Bréfritari: Þórarinn Stefánsson
Dagsetning: A-1931-04-03
Skrifað á: Vesturheimi

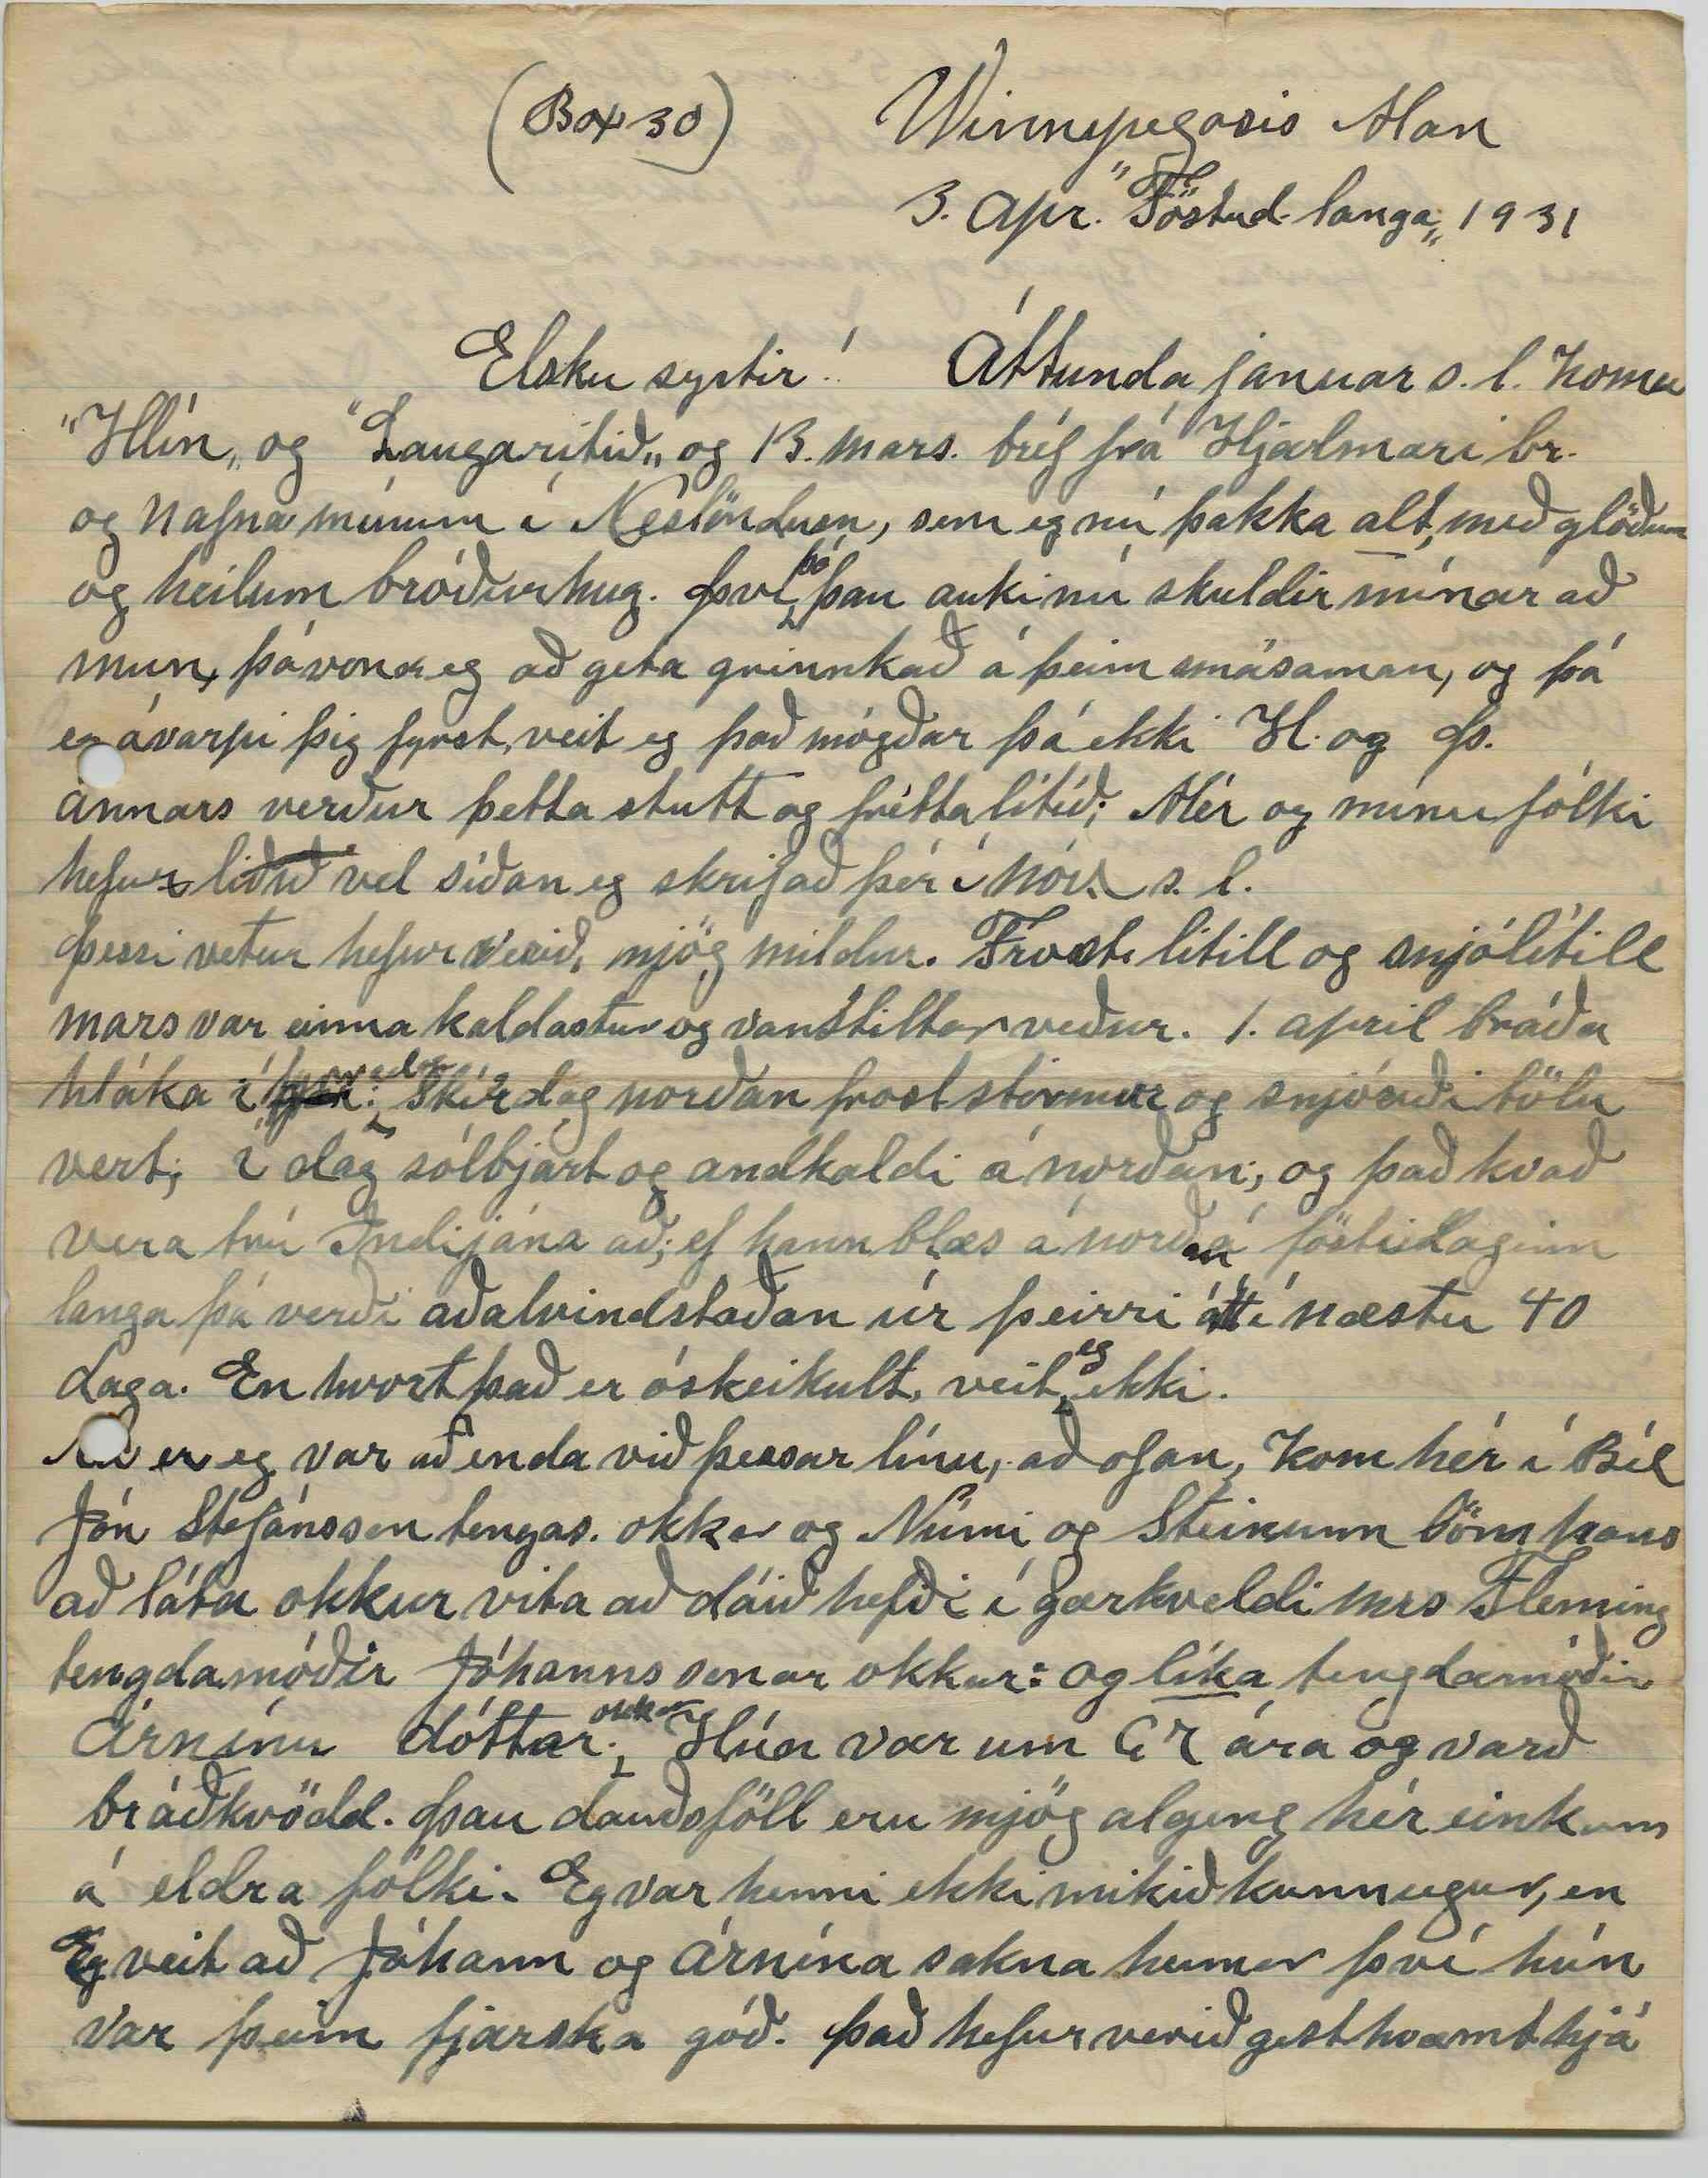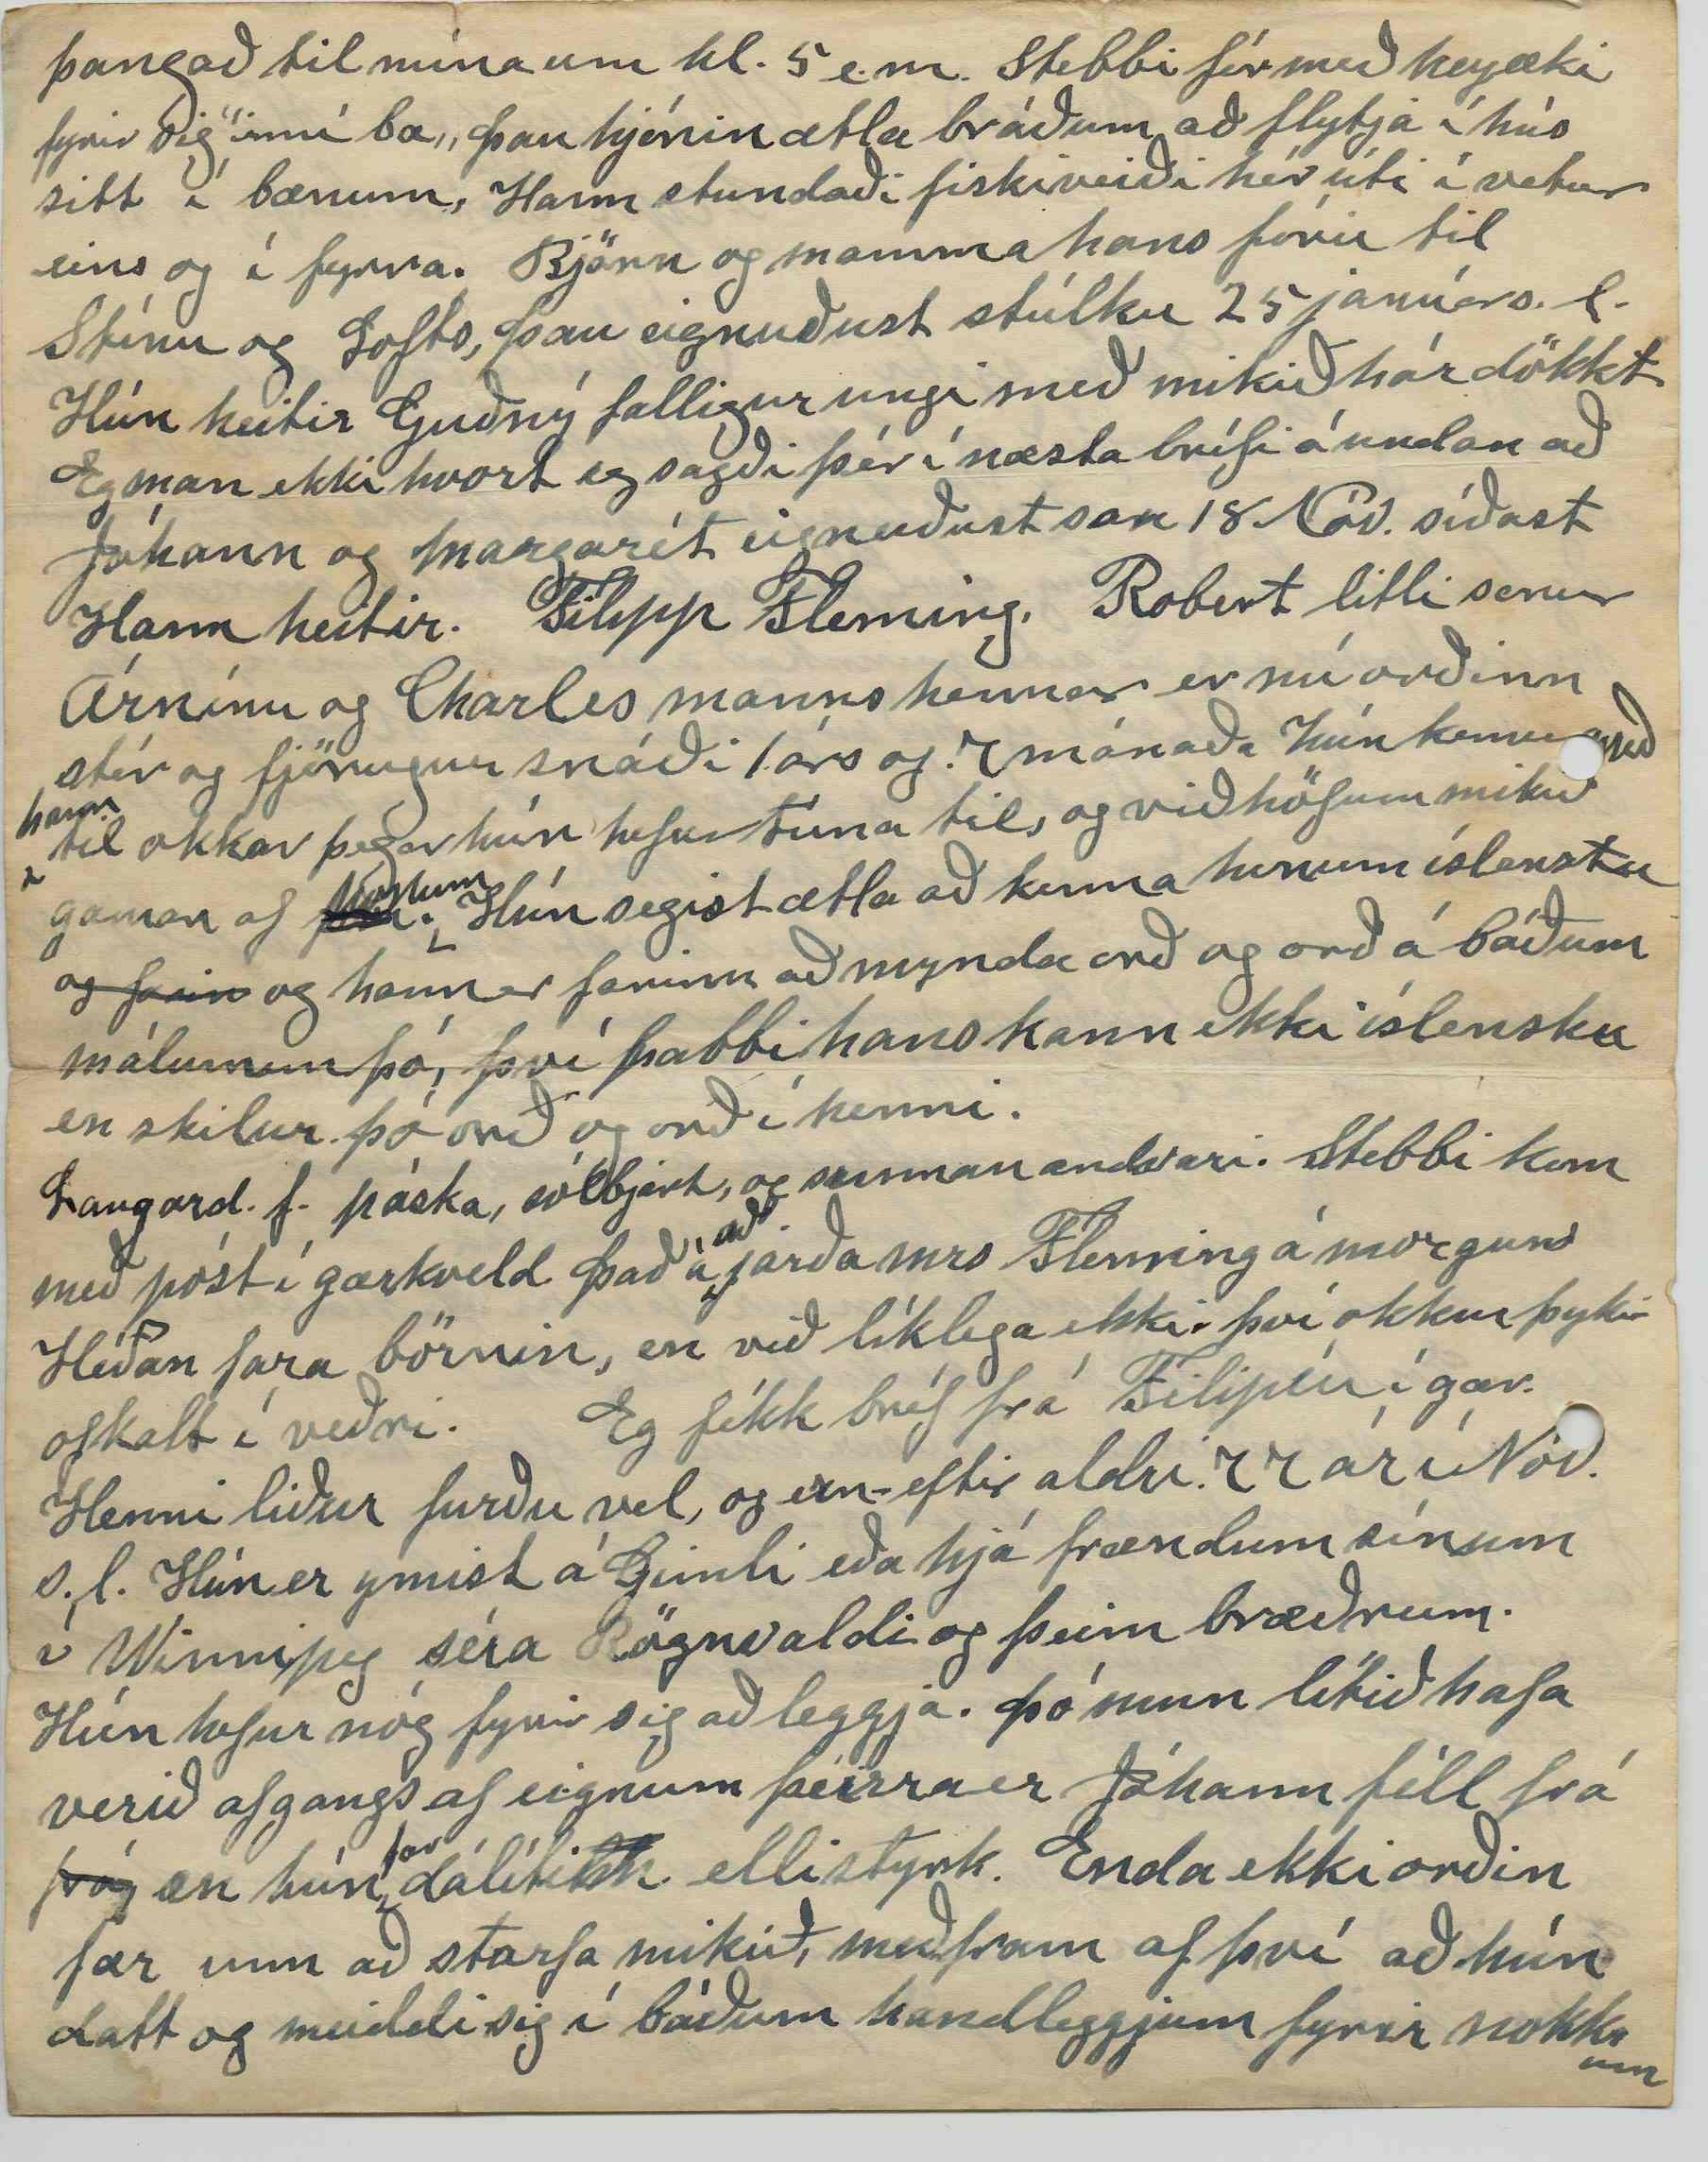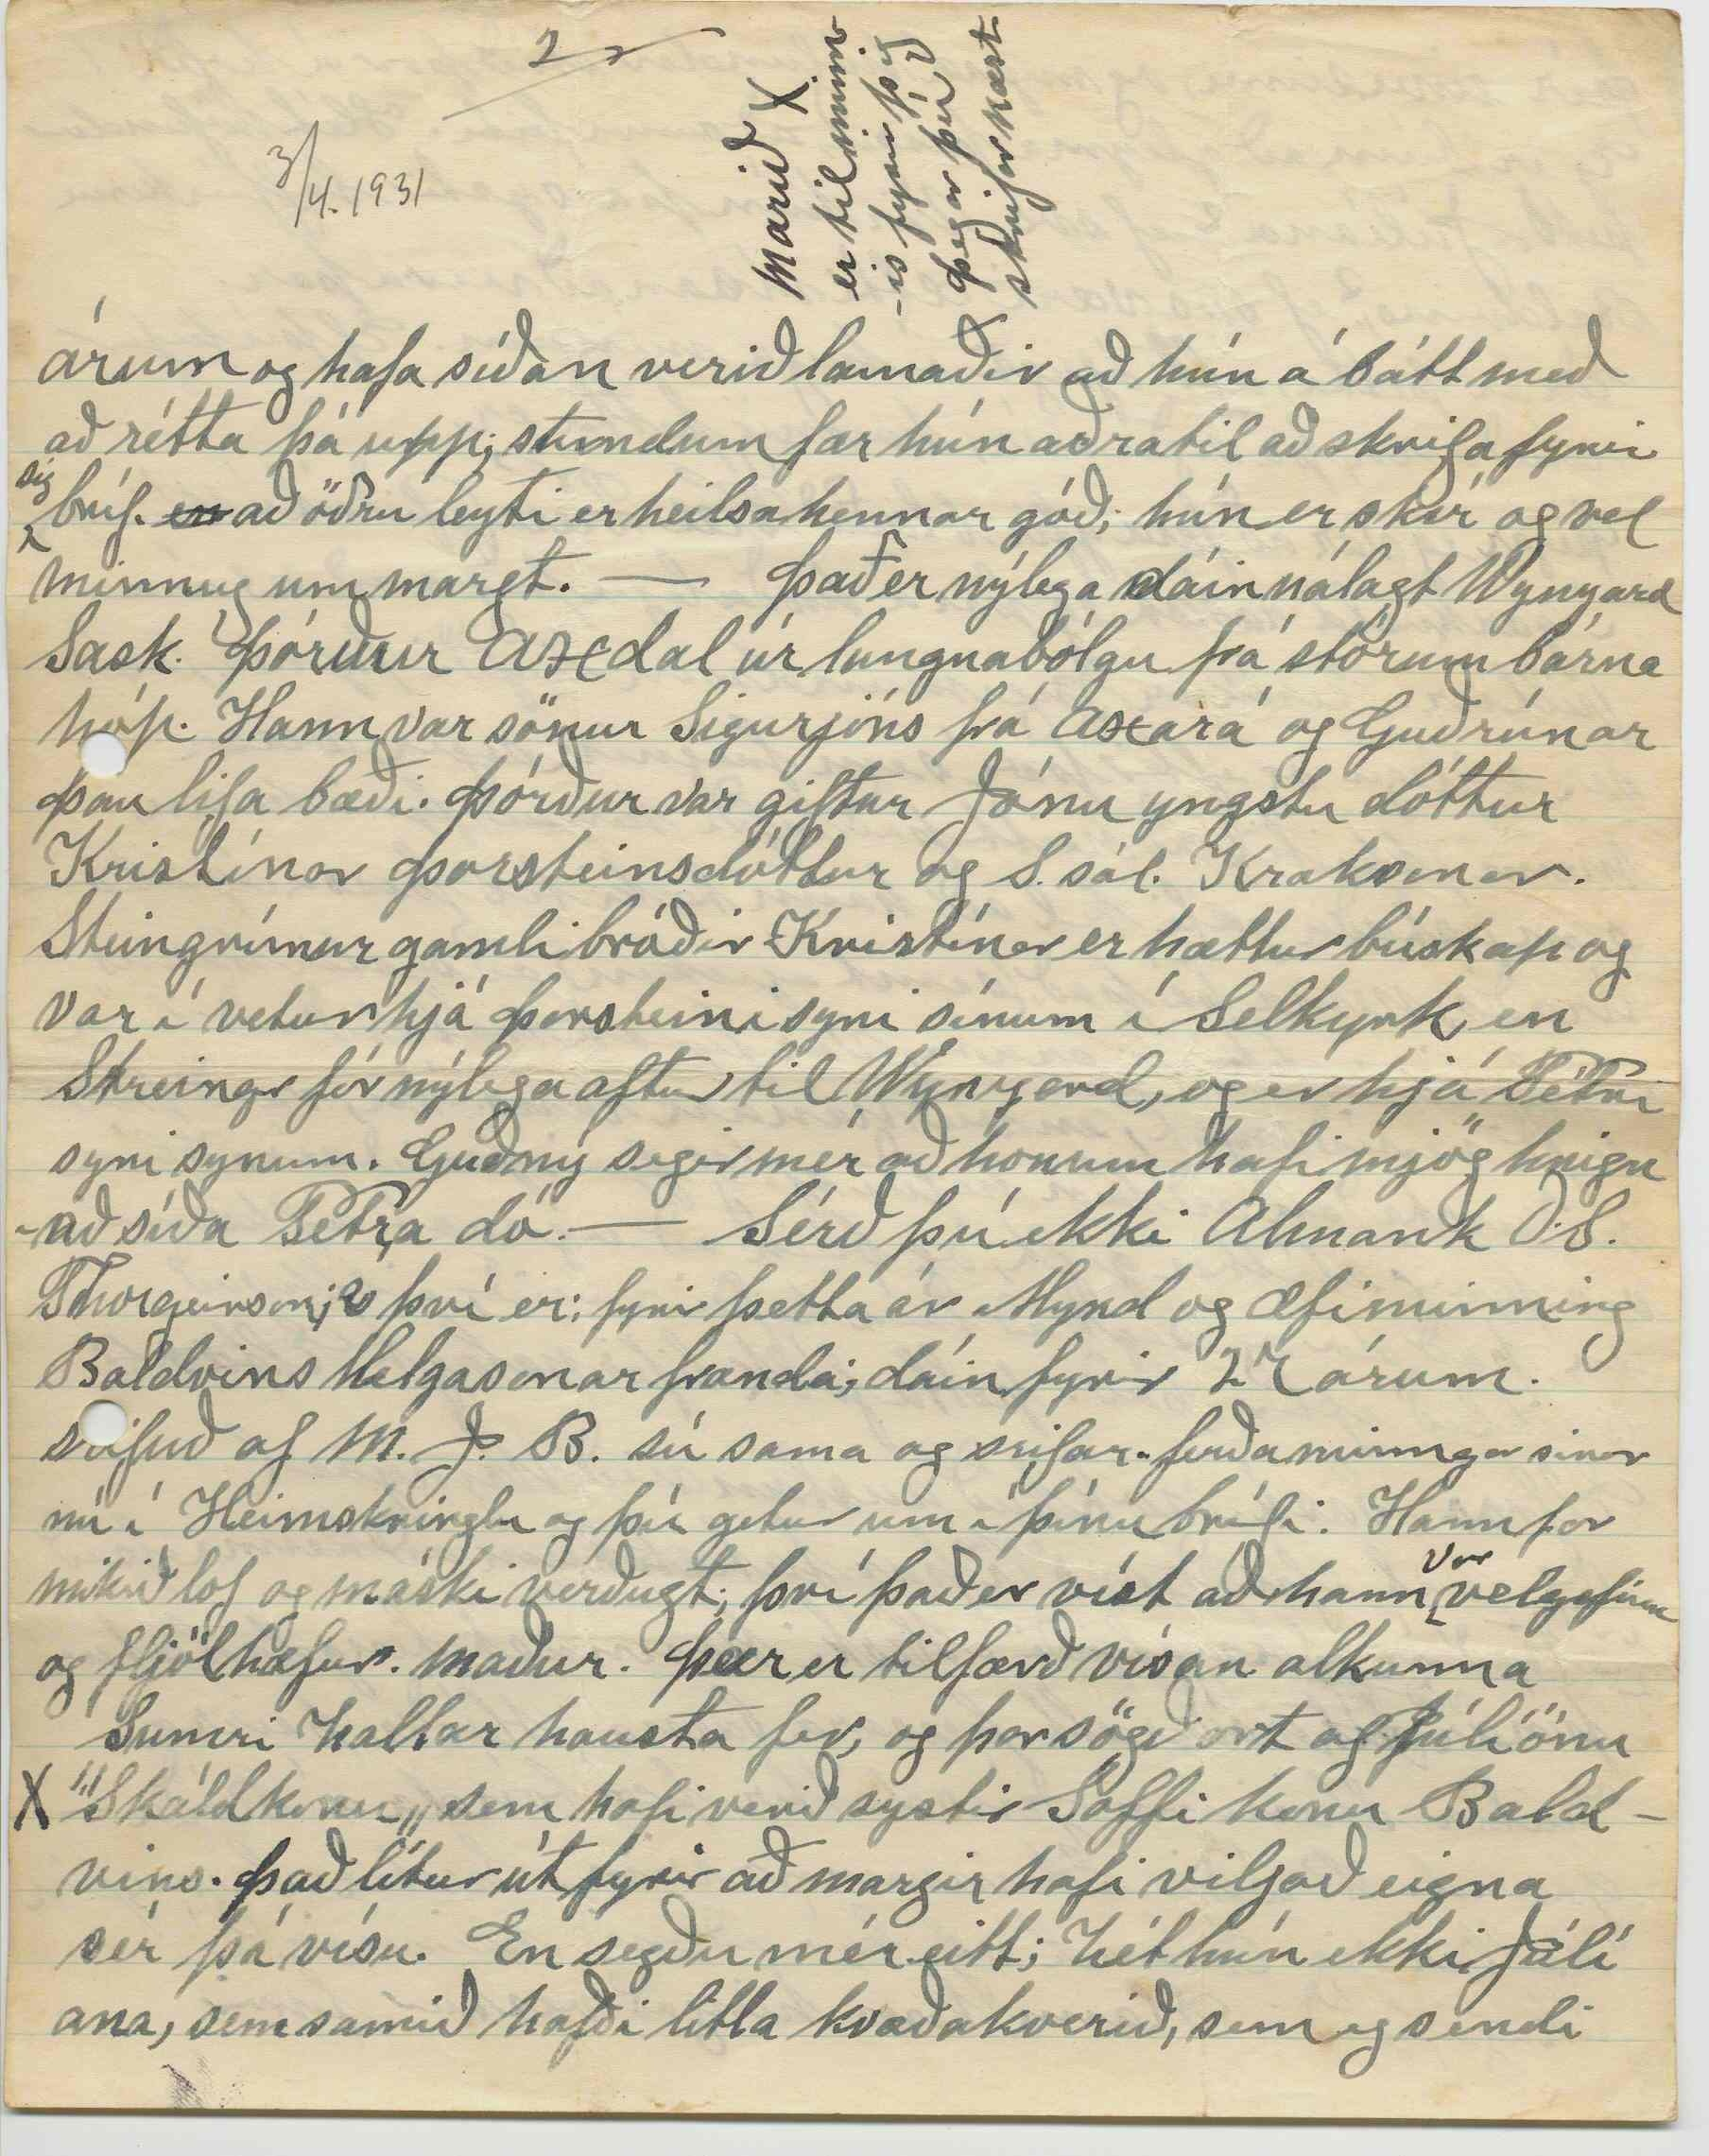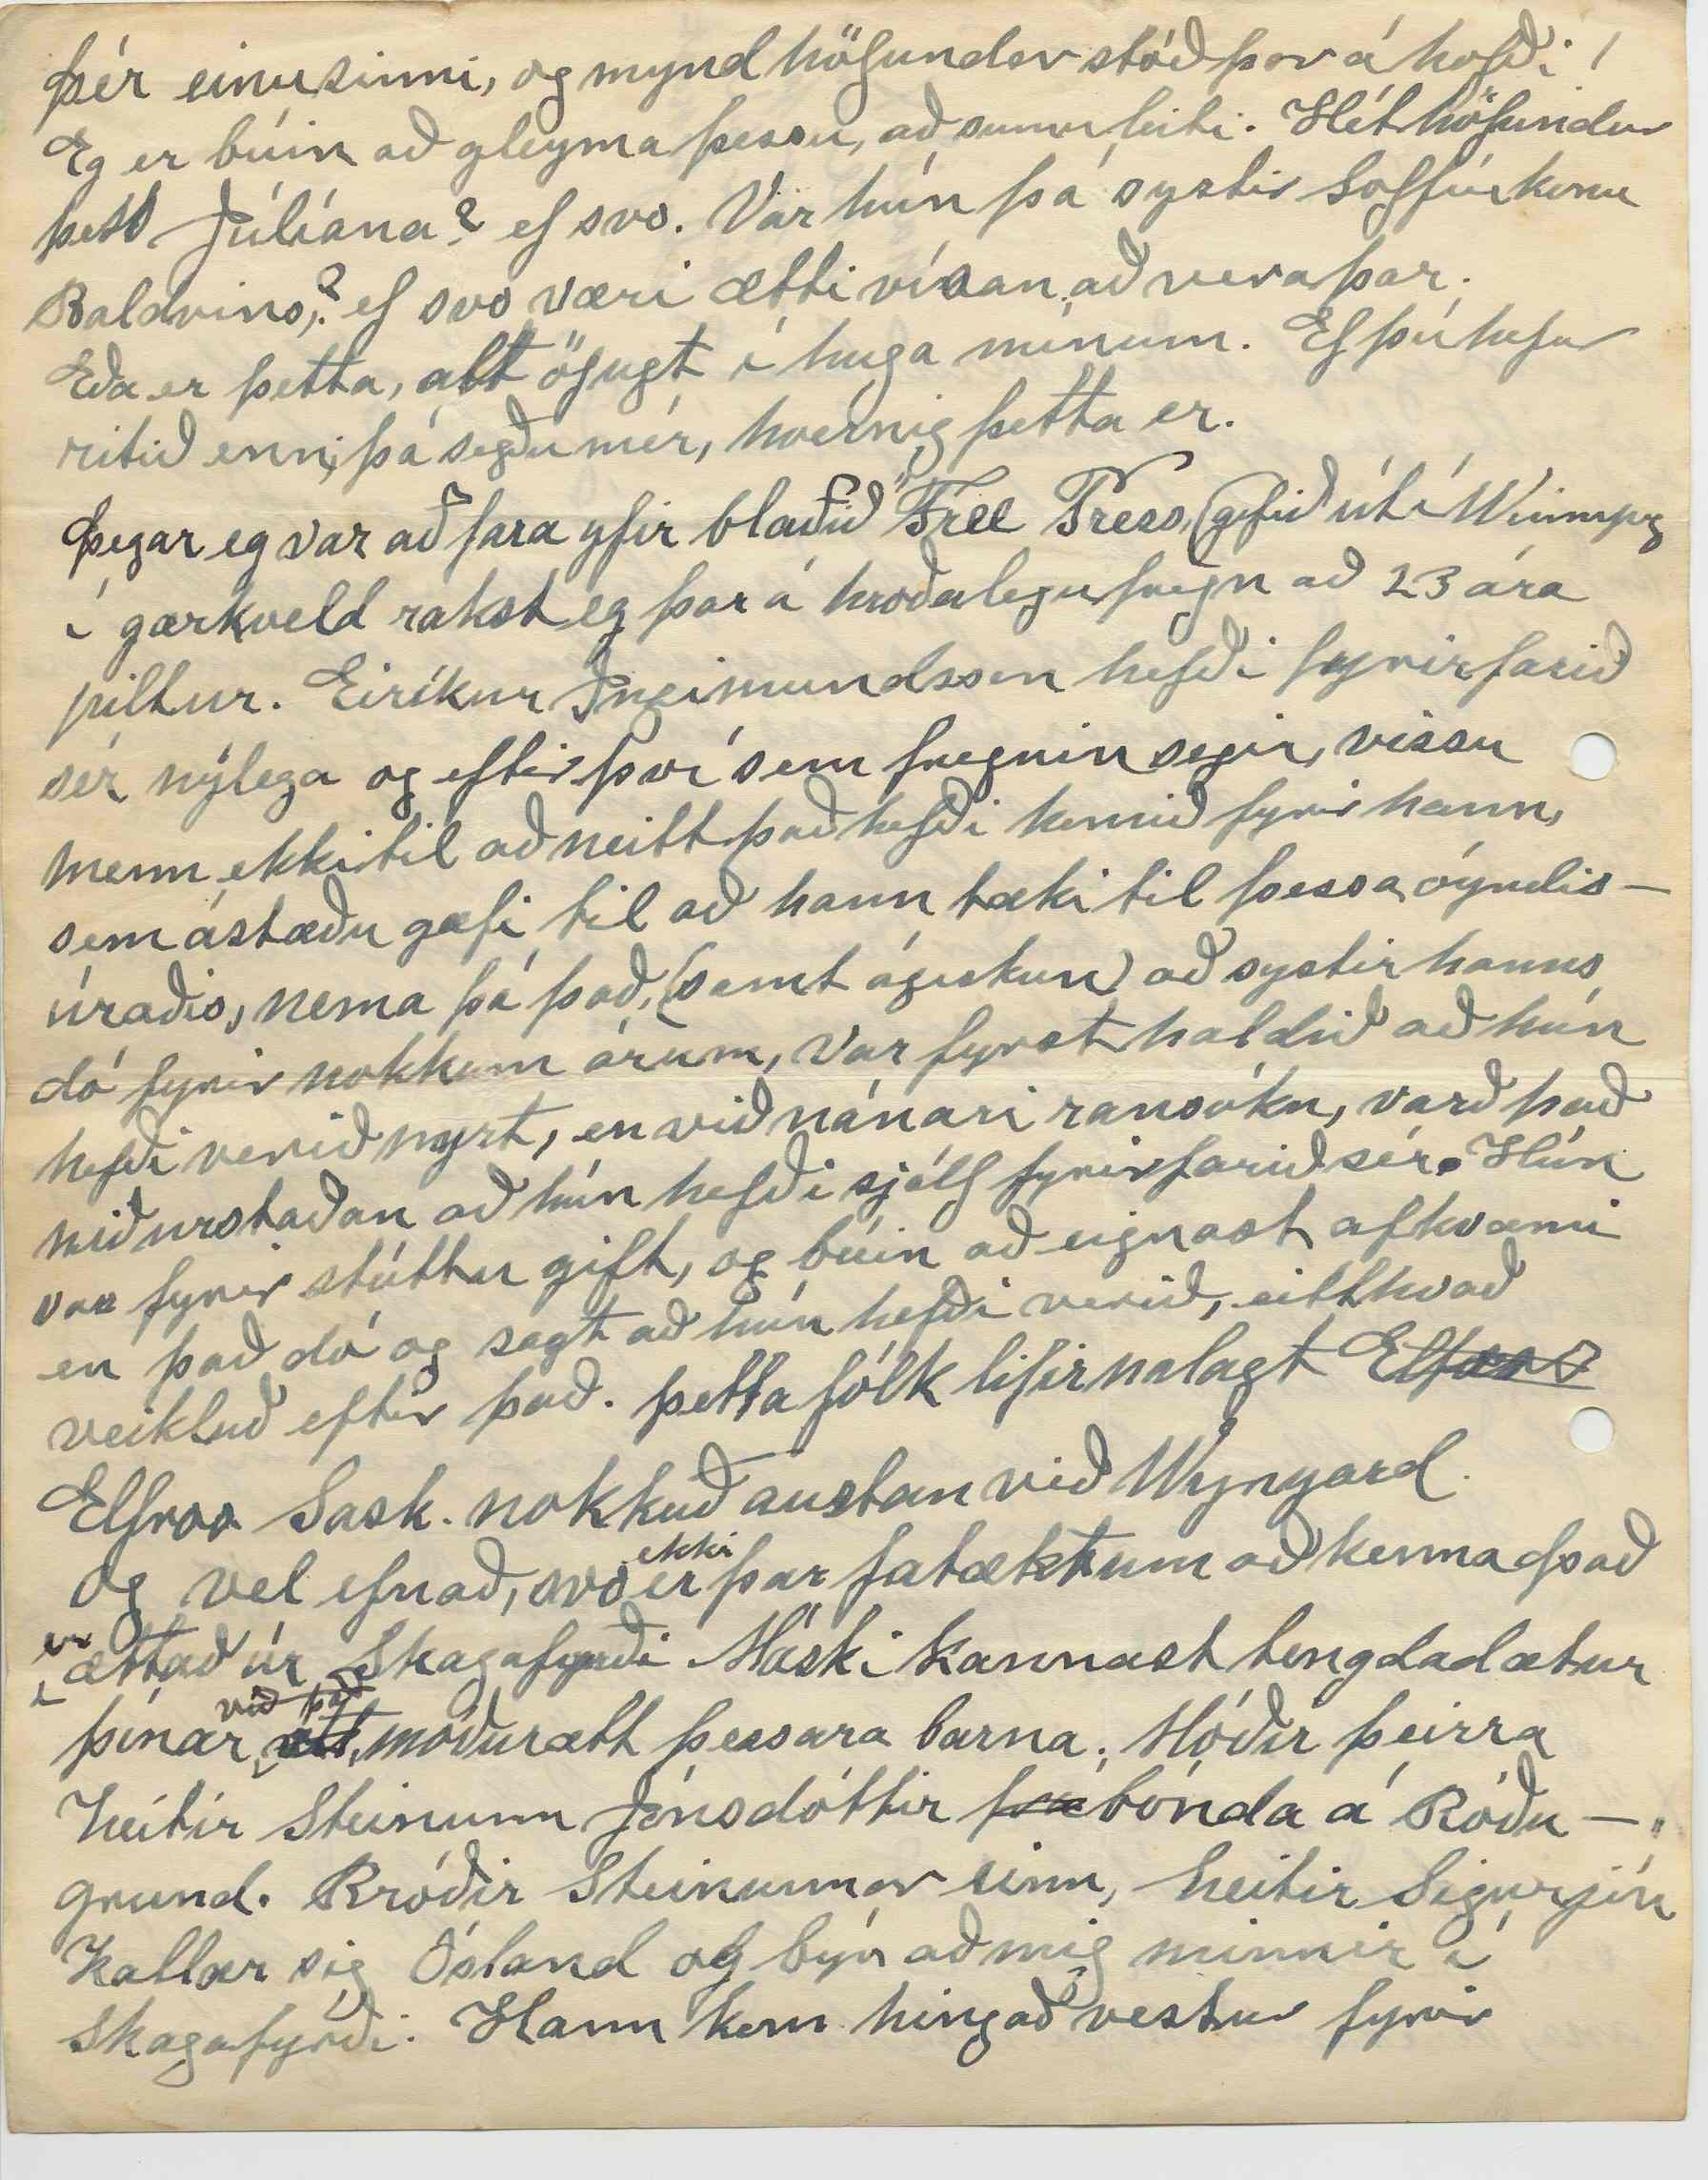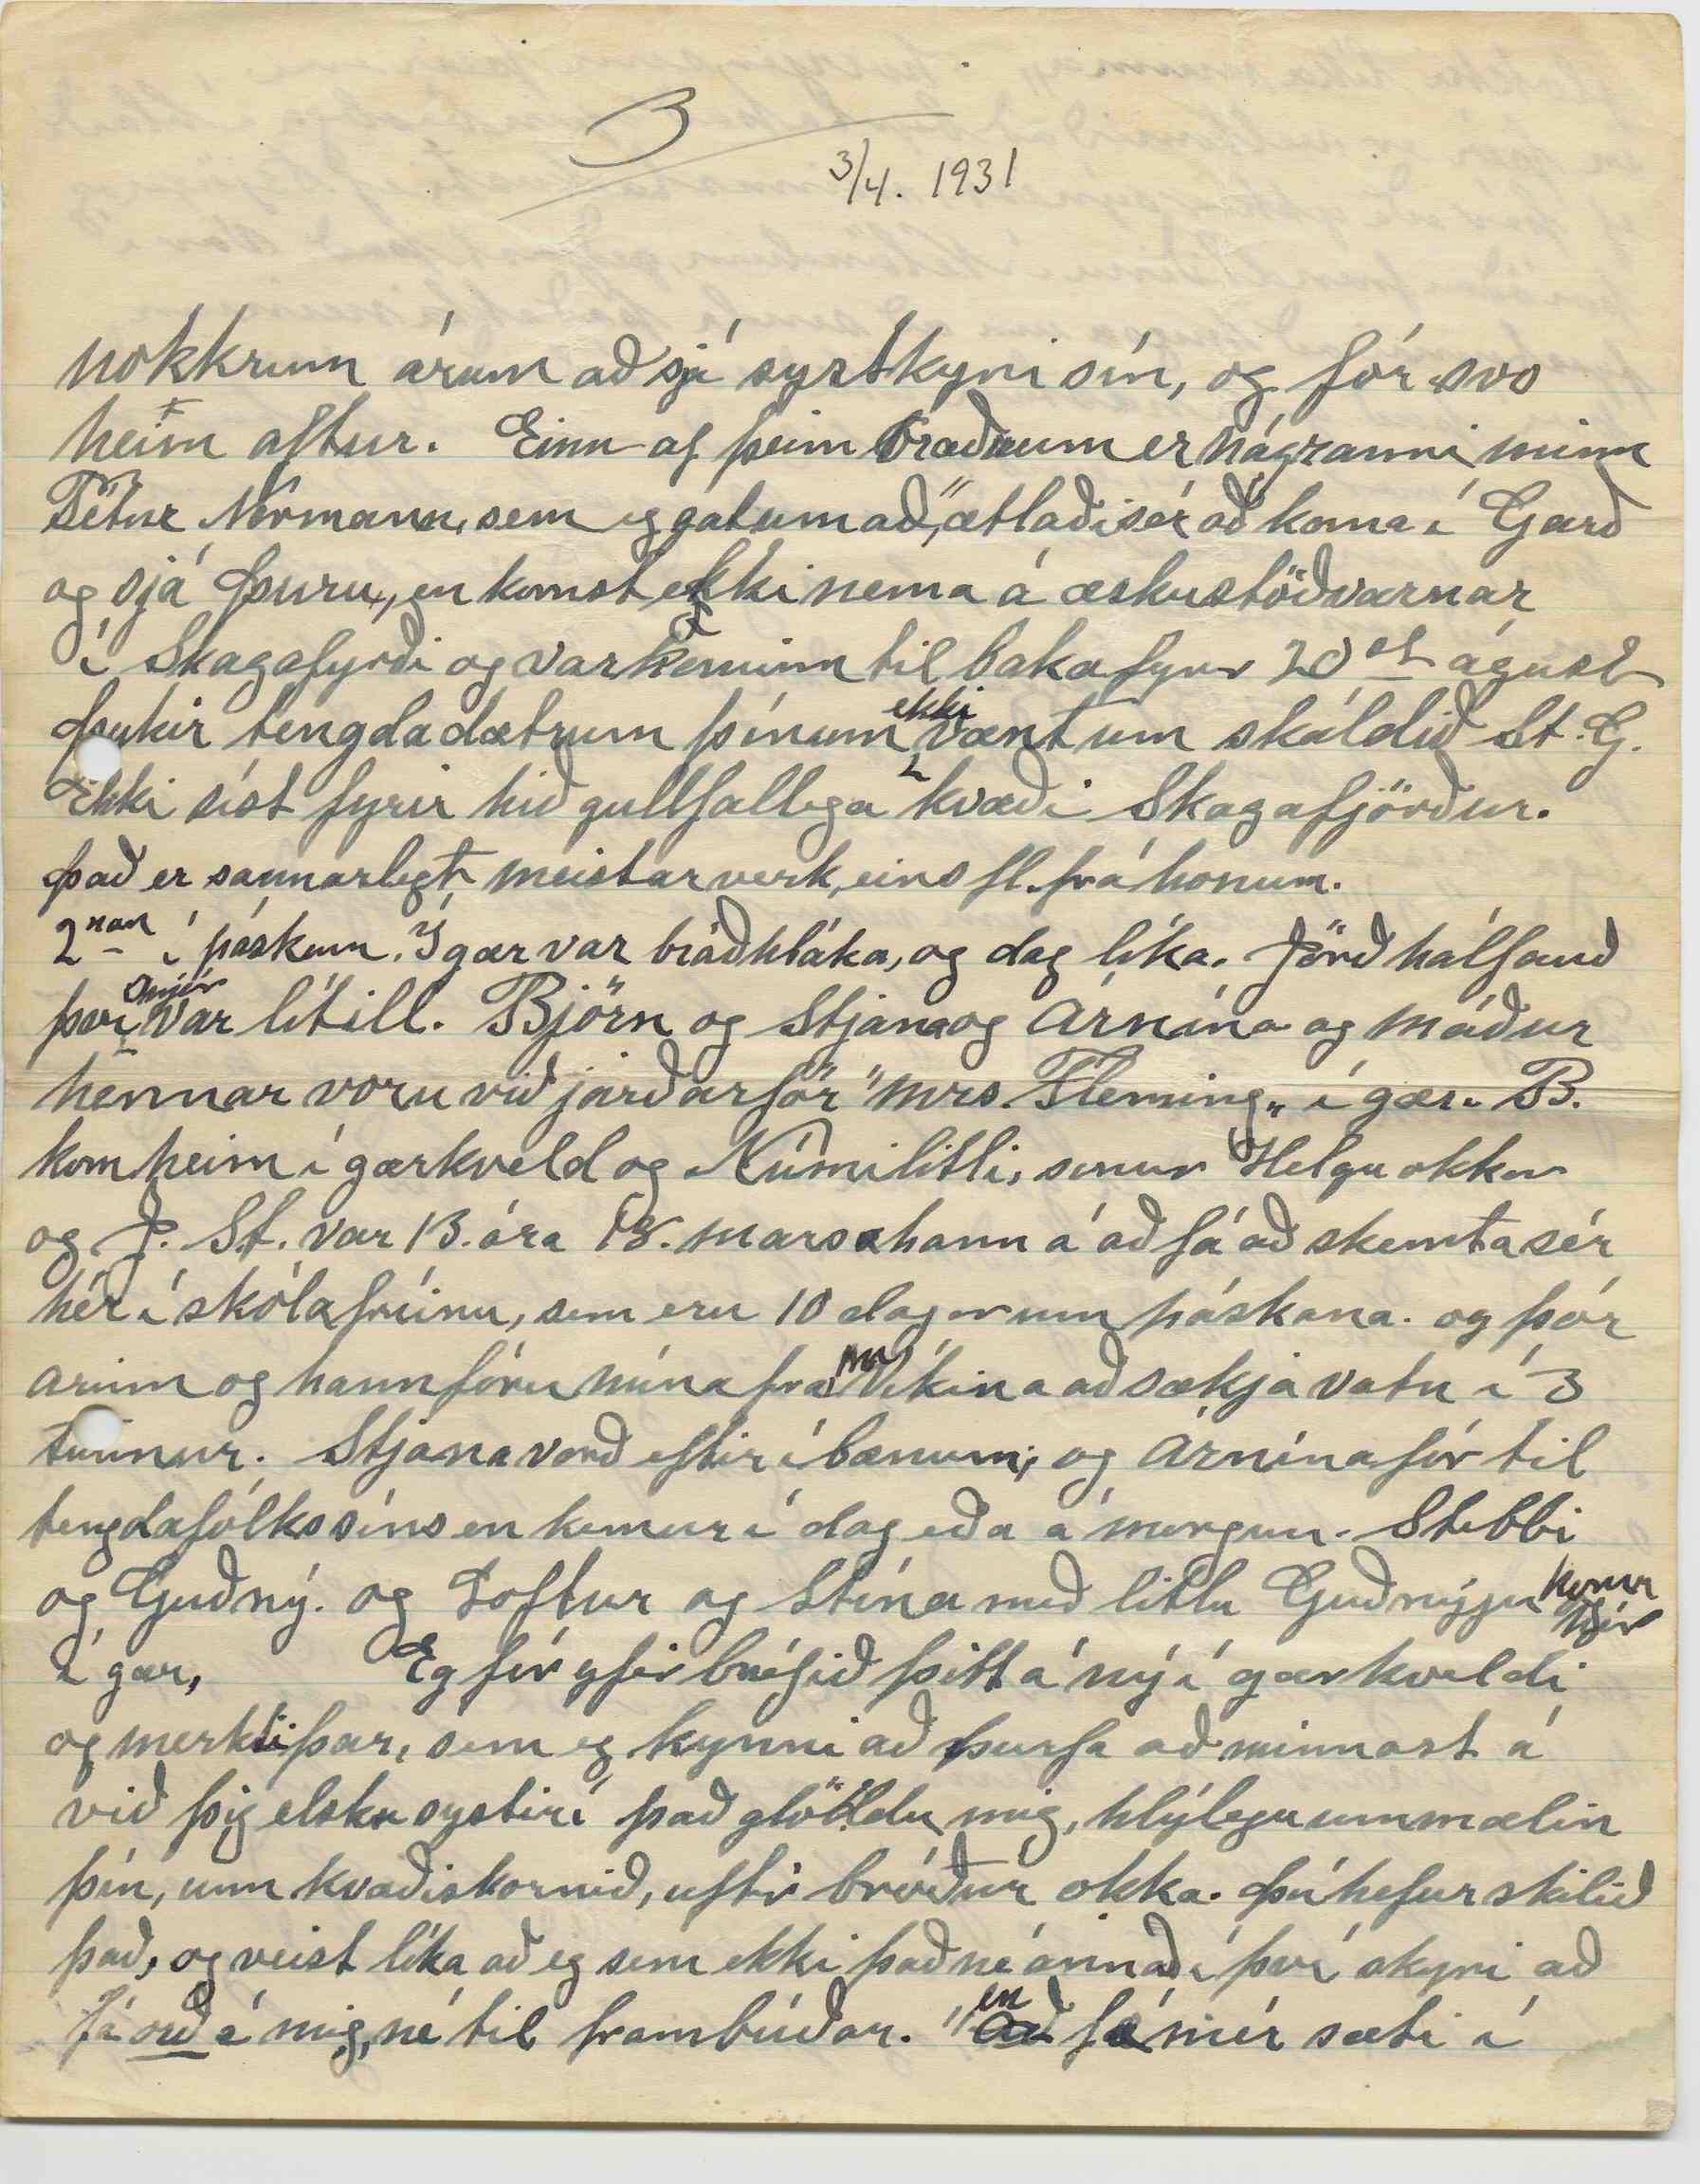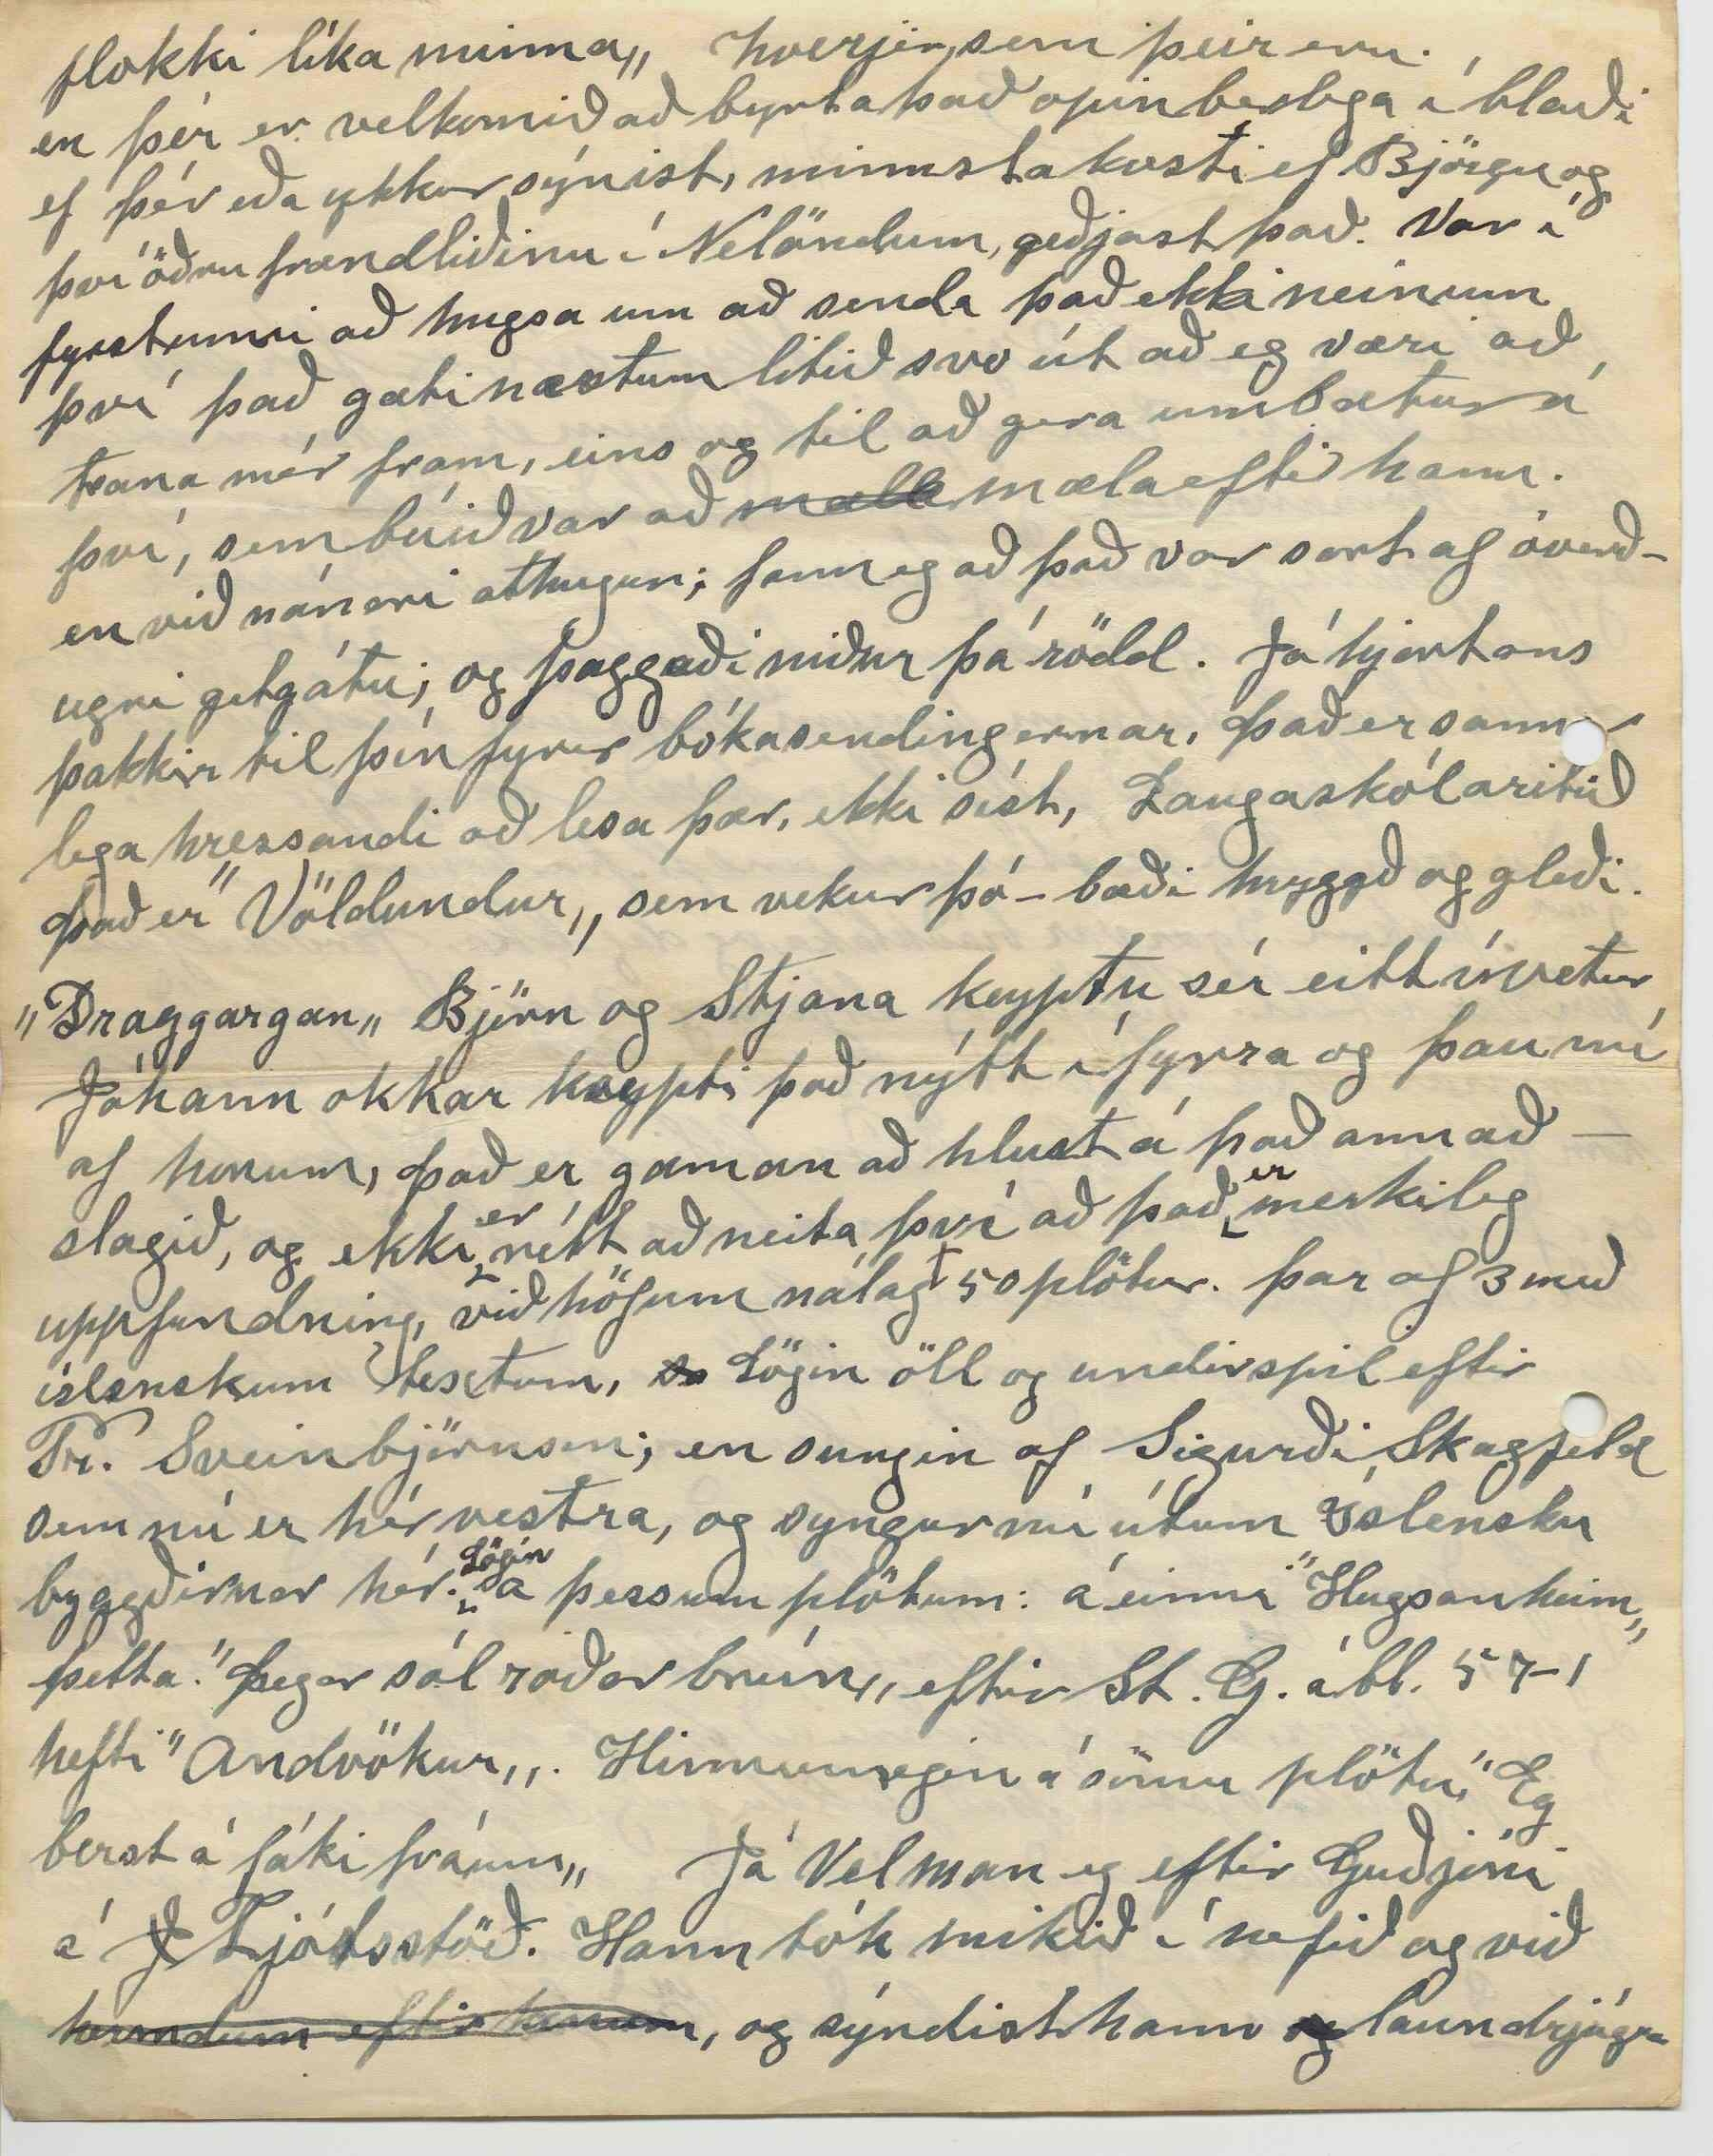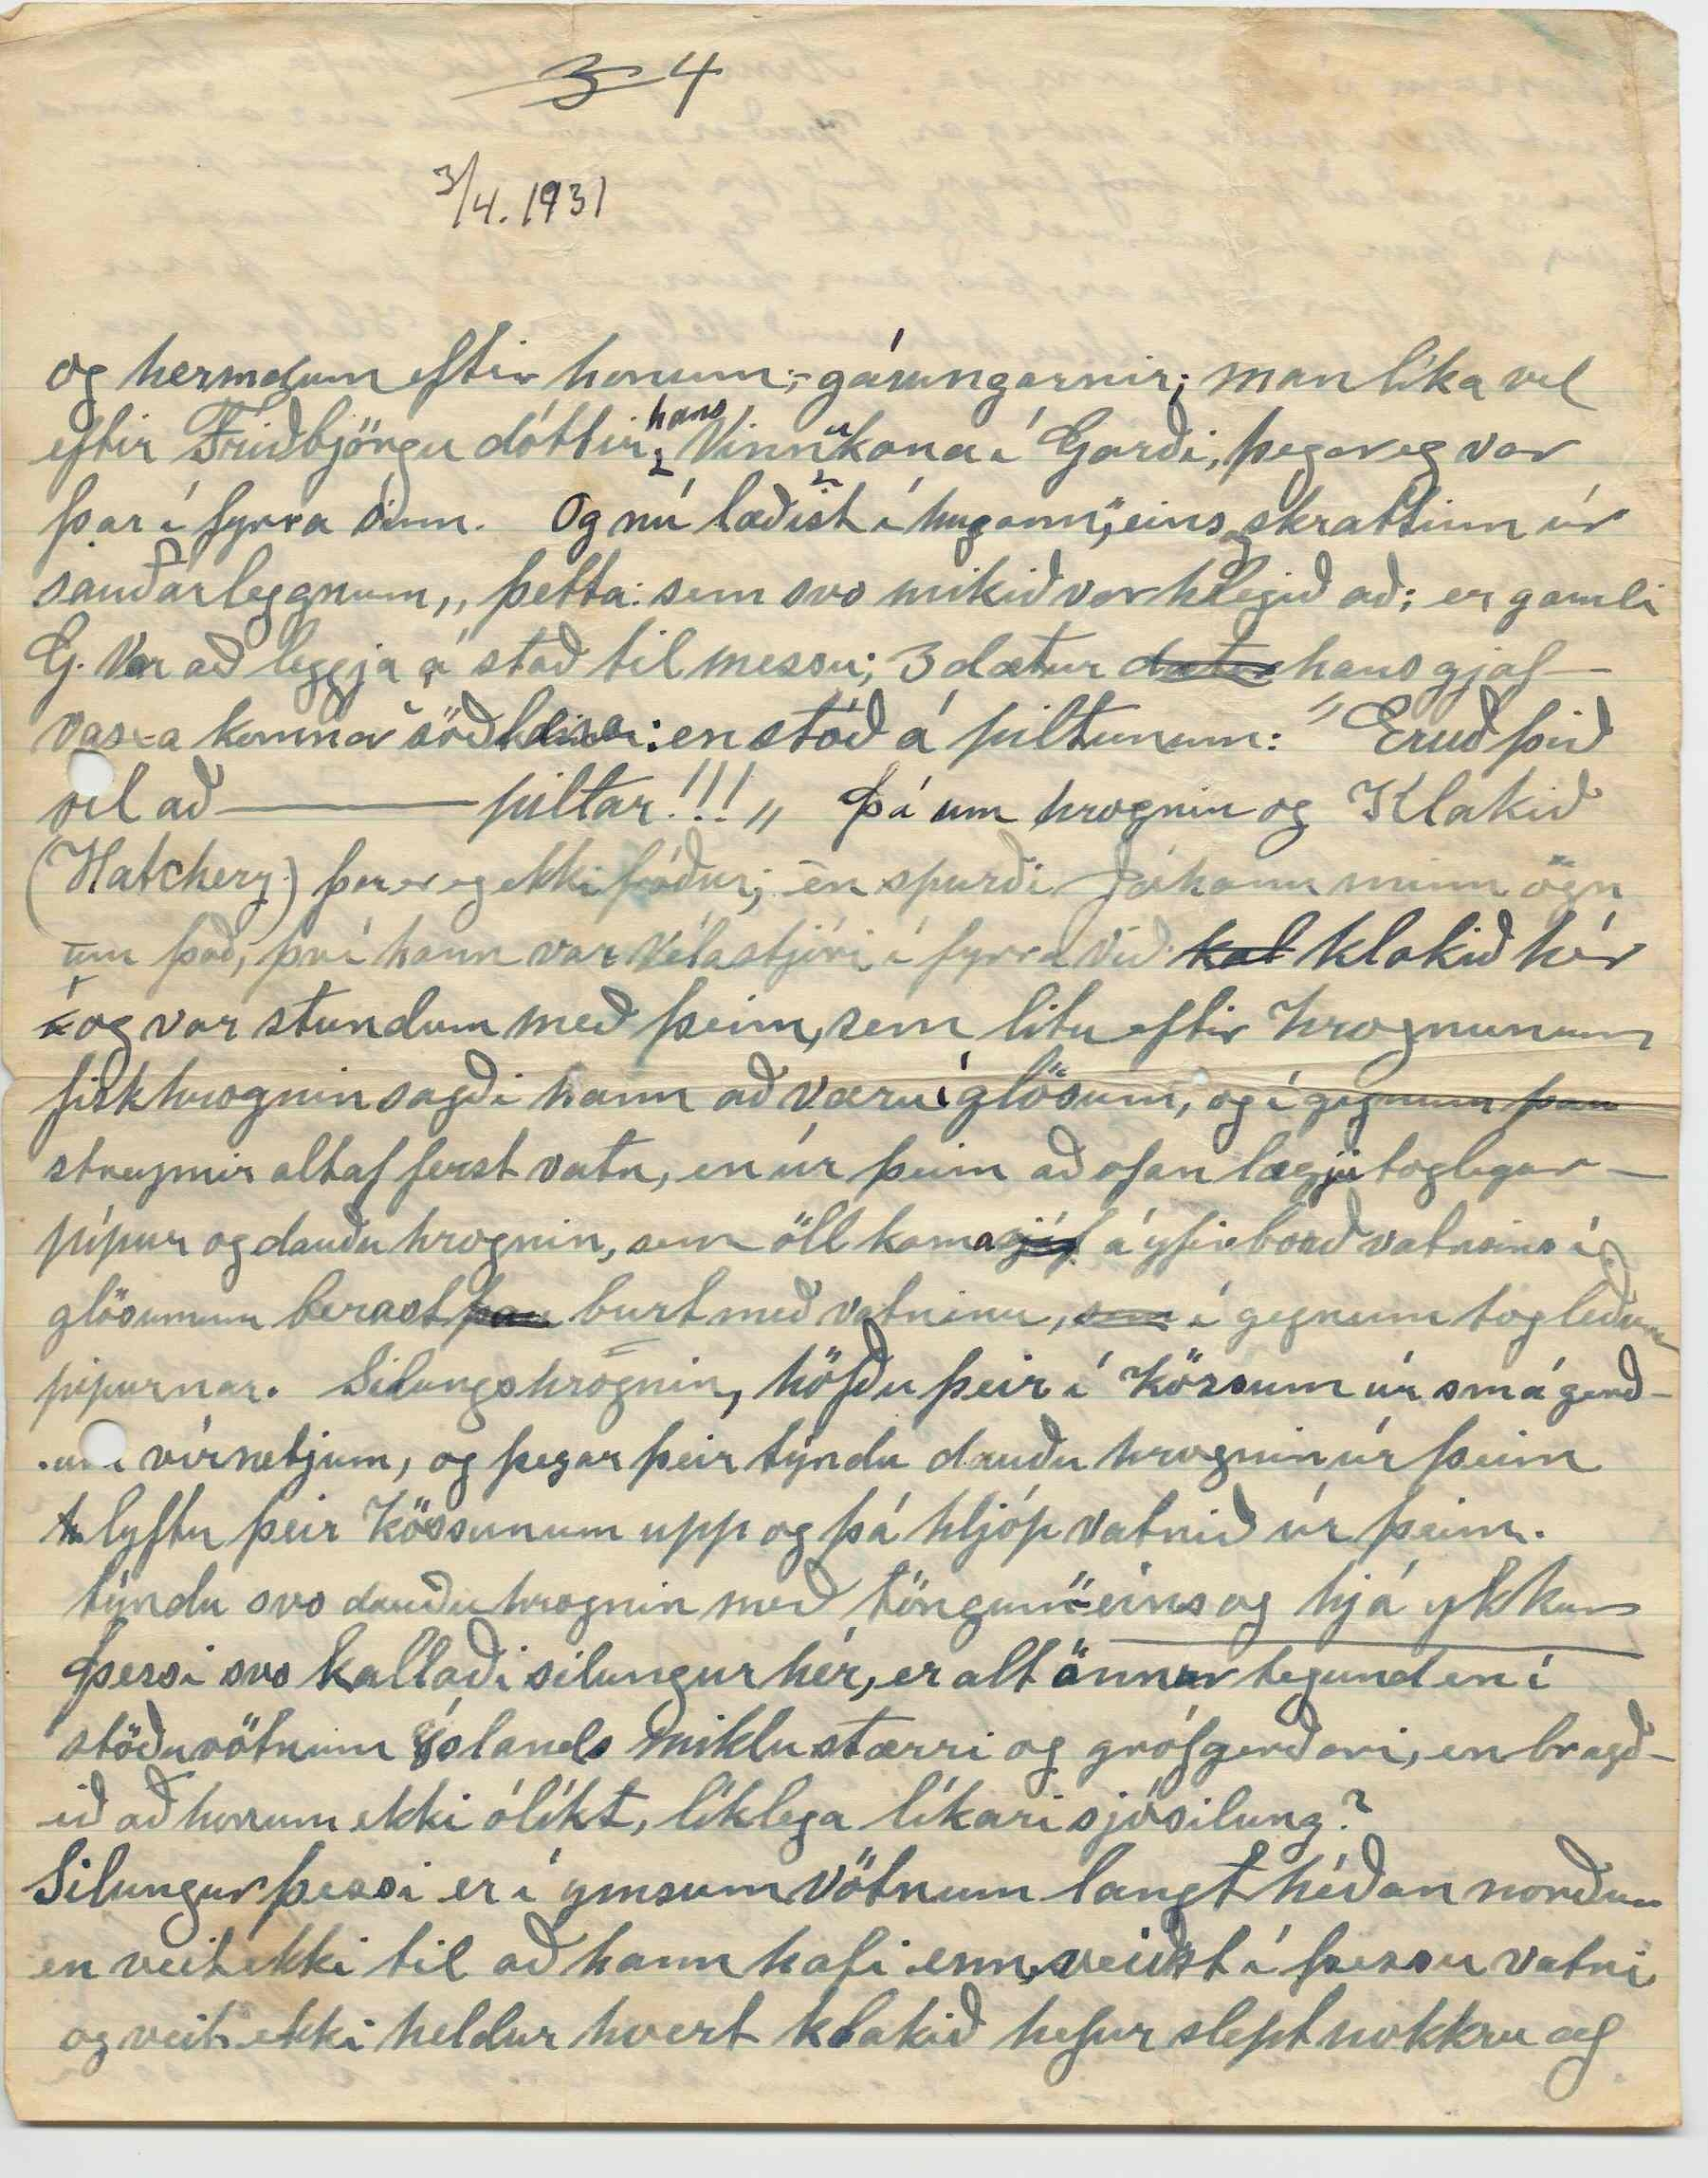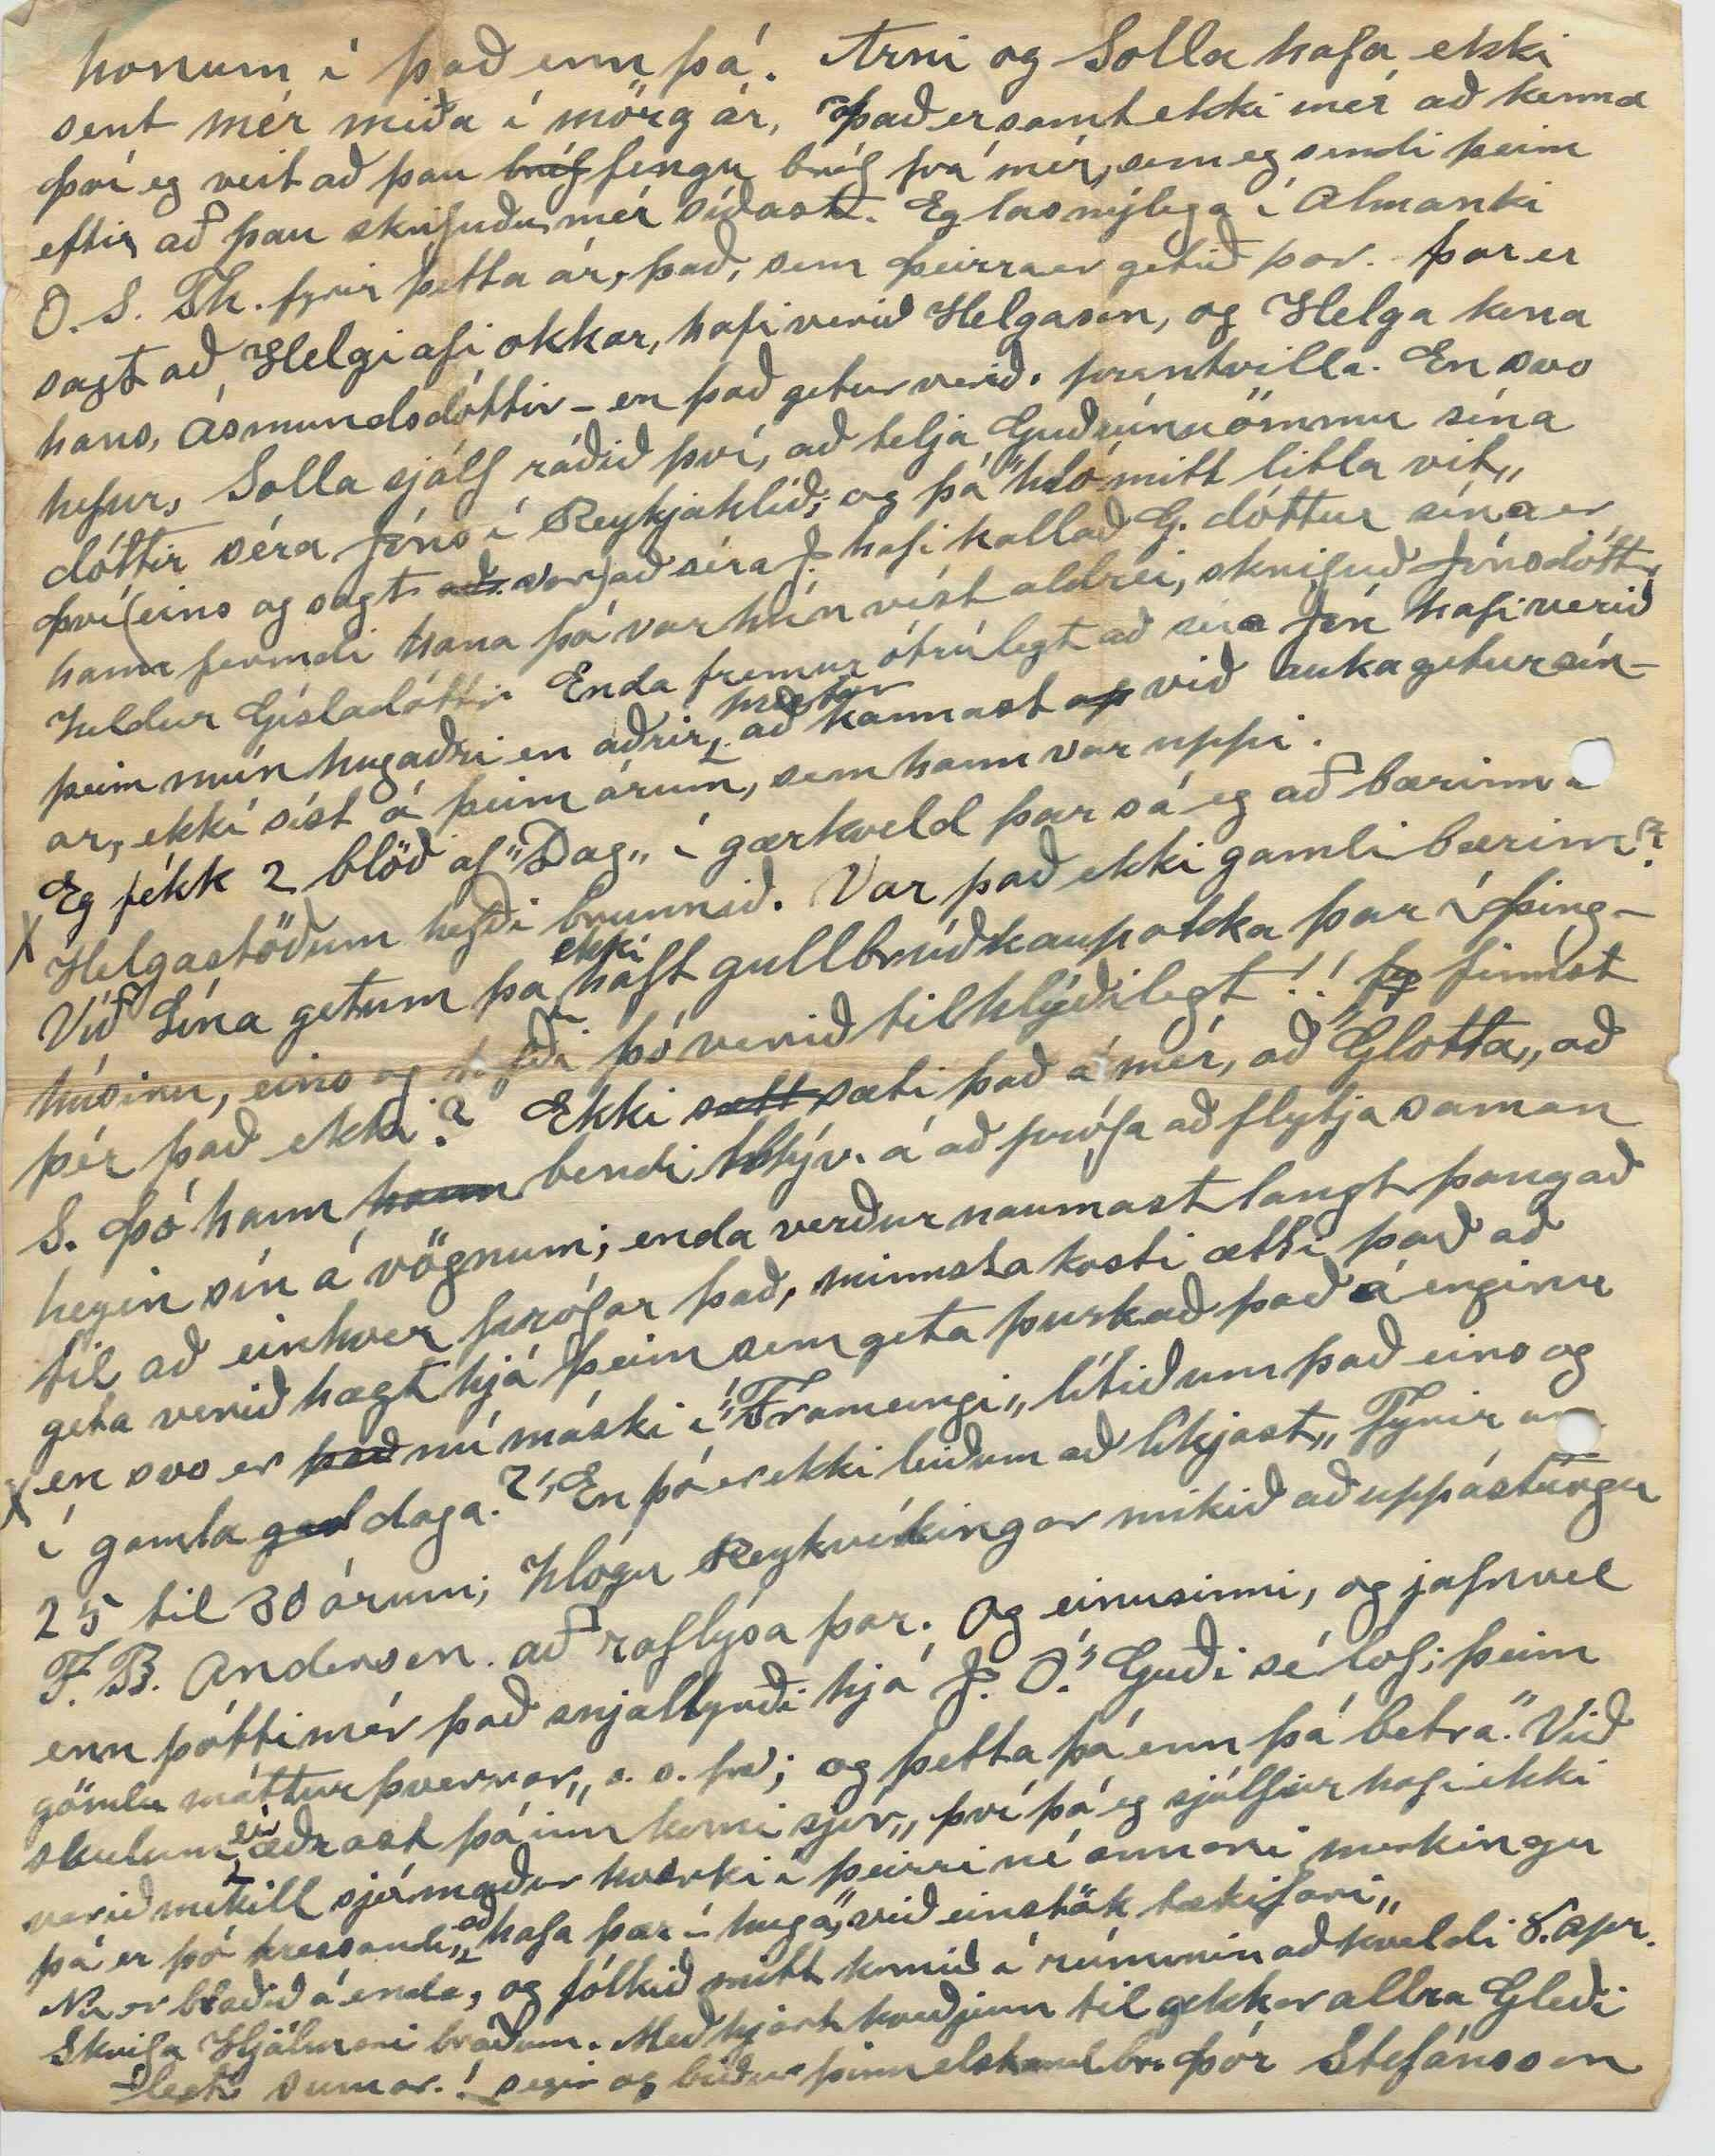

(Box 30)
Winnipegosis Man
3. apr. ”Föstud. langa„ 1931
Elsku systir! Áttunda januar s.l. komu ”Hlín„ og ”Laugaritið„ og 13. mars bréf frá Hjalmari br. og nafna mínum í Neslöndum, sem eg nú þakka
alt
, með glöðum og heilum bróðurhug. Því
þó
þau auki nú skuldir mínar að mun, þá vona eg að geta grinnkað á þeim smásaman, og þó eg ávarpi þig fyrst, veit eg það mógðar þá ekki H. og Þ. annars verður þetta stutt og fréttalítið; Mér og mínu fólki hefur liðið vel síðan eg skrifað þér í nóv. s.l.
Þessi vetur hefur verið mjög mildur. Frost lítill og snjólítill mars var einna kaldastur og vanstiltar veður. 1. april bráðahláka í
gær
fyrradag Skírdag norðan froststormur og snjóaði töluvert; í dag sólbjart og andkaldi á norðan; og það kvað vera trú Indijána að; ef hann blæs á norð
an
á föstudaginn langa þá verði aðalvindstaðan úr þeirri átt í næstu 40 daga. En hvort það er óskeikult, veit
eg
ekki.
Nú er eg var að enda við þessar línu, að ofan, kom hér í Bíl Jón Stefánsson tengas. okkar og Númi og Steinunn börn hans að láta okkur vita að dáið hefði í gærkveldi mrs Fleming tengdamóðir Jóhanns sonar okkar: og
líka
tengdamóðir Árnínu dóttur
okkar
. Hún var um 67 ára og varð bráðkvödd. Þau dauðsföll eru mjög algeng hér einkum á eldra fólki. Eg var henni ekki mikið kunnugur, en Eg veit að Jóhann og Árnína sakna hennar því hún var þeim fjarska góð. Það hefur verið gestkvæmt hjá
þangað til núna um kl. 5 e.m. Stebbi fór með heyæki fyrir sig ”inní bæ„ Þau hjónin ætla bráðum að flytja í hús sitt í bænum. Hann stundaði fiskiveiði hér úti í vetur eins og í fyrra. Björn og mamma hans fóru til Stínu og Lofts, Þau eignuðust stúlku 25 janúar s.l. Hún heitir Guðný falligur ungi með mikið hár dökkt Eg man ekki hvort eg sagði þér í næsta bréfi á undan að Jóhann og Margarét eignuðust son 18 Nóv. síðast Hann heitir Filipp Fleming. Robert litli sonur Árnínu og Charles manns hennar er nú orðinn stór og fjörugur snáði 1 árs og. 7 mánaða hún kemur
með hann
til okkar þegar hún hefur tíma til, og við höfum mikið gaman af
þ00
honum. Hún segist ætla að kenna honum íslenstu
og farin
og hann er farinn að mynda orð og orð á báðum málunum þó, því pabbi hans kann ekki íslensku en skilur þó orð og orð í henni.
Laugard. f. páska, sólbjart, og sunnan andvari. Stebbi kom með póst í gærkveld. Það á
að
jarða mrs Fleming á morgun Héðan fara börnin, en við líklega ekki því okkur þykir of kalt í veðri.
Eg fékk bréf frá Filipíu í gær. Henni liður furðu vel, og ern - eftir aldri. 77 ár í Nóv. s.l. Hún er ymist á Gimli eða hjá frændum sínum í Winnipeg séra Rögnvaldi og þeim bræðrum. Hún hefur nóg fyrir sig að leggja. Þó mun lítið hafa verið afgangs af eignum þeirra er Jóhann féll frá
frá
en hún
fær
dálítinn ellistyrk. Enda ekki orðin fær um að starfa mikið, meðfram af því að hún datt og meiddi sig í báðum handleggjum fyrir nokkrum
árum og hafa síðan verið lamaðir að hún á bátt með að rétta þá upp; stundum fær hún aðra til að skrifa fyrir
sig
bréf.
en
að öðru leyti er heilsa hennar góð; hún er skír og vel minnug um margt.
Það er nýlega dáin nálægt Wynyard Sask. Þórður Axdal úr lungnabólgu frá stórum barnahóp. Hann var sönur Sigurjóns frá Axará og Guðrúnar Þau lifa bæði. Þórður var giftur Jónu yngstu dóttur Kristínar Þorsteinsdóttur og S. sál. Kraksonar. Steingrímur gamli bróðir Kristínar er hættur búskap og var í vetur hjá Þorsteini syni sínum í Selkyrk en Streingr fór nýlega aftur til Wynyard, og er hjá Pétri syni synum. Guðný segir mér að honum hafi mjög hnignað síða Petra dó.
Sérð þú ekki Almank O. S. Thorgeirson; í því er: fyrir þetta ár Mynd og Æfiminning Baldvins Helgasonar frænda; dáin fyrir 27 árum.
srifuð
af M. J. B. sú sama og srifar ferðaminngar sinar nú í Heimskringlu og þú getur um í þínu bréfi. Hann fær mikið lof og máski verðugt; því það er víst að hann
var
vel gefinn og fljölhæfur. maður. Þar er tilfærð vísan alkunna Sumri hallar hausta fer, og þar sögð ort af Júlíönu X
Marið X er til minnis fyrir þig Þegar þú skrifar næst
”Skáldkonu„ sem hafi verið systir Soffi konu Baldvins. Það lítur út fyrir að margir hafi viljað eigna sér þá vísu. En segðu mér eitt; hét hún ekki Júlíana, sem samið hafði litla kvæðakverið, sem eg sendi
Þér einusinni, og mynd höfundar stóð þar á hofði! Eg er búin að gleyma þessu, að sumu leiti. Hét höfundur þess Júlíana? ef svo. Var hún þá systir Soffíu konu Baldvins? ef svo væri ætti vísan að vera þar. Eða er þetta, alt öfugt í huga mínum. Ef þú hefur ritið enn; þá segðu mér, hvernig þetta er.
Þegar eg var að fara yfir blaðið ”Free Press„ (gefið út í Winnipeg í gærkveld rakst eg þar á hroðalegu fregn að 23 ára piltur. Eiríkur Ingimundsson hefði fyrirfarið sér nýlega og eftir því sem fregnin segir, vissu menn ekki til að neitt það hefði komið fyrir hann sem ástæðu gæfi til að hann tæki til þessa óyndisúræðis, nema þá það, (samt ágiskun) að systir hanns dó fyrir nokkum árum, var fyrst haldið að hún hefði verið myrt, en við nánari ransókn, varð það niðurstaðan að hún hefði sjálf fyrirfarið sér. Hún var fyrir stúttu gift, og búin að eignast afkvæmi en það dó og sagt að hún hefði verið eitthvað veikluð eftir það. þetta fólk lifir nálægt
Elf000
Elfroo Sask. nokkuð austan við Wynyard. og vel efnað, svo
ekki
er þar fatækt um að kenna Það
er
ættað úr Skagafyrði Máski kannast tengdadætur þínar
0lt
móðurætt þessara barna. Móðir þeirra heitir Steinunn Jónsdóttir
frá
bónda á Róðugrund. Bróðir Steinunnar einn, heitir Sigurjón kallar sig Ósland og býr að mig minnir í Skagafyrði. Hann kom hingað vestur fyrir
nokkrum árum að sjá systkyni sín, og fór svo heim aftur. Einn af þeim bræðrum er nágranni minn Pétur Normann, sem eg gat um að ”ætlaði sér að koma í Garð og sjá Þuru„ en komst ekki nema á æskustöðvarnar í Skagafyrði og var kominn til baka fyrir 20
st
águst Þykir tengdadætrum þínum
ekki
vænt um skáldið St. G. Ekki síst fyrir hið gullfallega kvæði Skagafjörður. Það er sannarlegt meistarverk, eins fl. frá honum.
2
nan
í páskum. Í gær var bráðhláka, og dag líka. Jörð hálfauð því
snjór
var lítill. Björn og Stjana og Árnína og móður hennar voru við jarðarför ”mrs. Fleming„ í gær. B. kom heim í gærkveld og Númi litli, sonur Helgu okkar og J. St. var 13. ára 18. mars hann á að fá að skemta sér hér í skólafríinu, sem eru 10 dagar um páskana. og þórarinn og hann fóru núna fra
m
Víkina að sækja vatn í 3 tunnur. Stjana varð eftir í bænum; og Árnína fór til tengdafólks síns en kemur í dag eða á morgun. Stebbi og Guðný. og Loftur og Stína með litlu Guðnýju
og
komu hér í gær,
Eg fór yfir bréfið þitt á ný í gærkveldi og merkti þar, sem eg kynni að þurfa að minnast á við þig elsku systir, það glöddu mig, hlýlegu ummælin þín, um kvæðiskornið, eftir bróður okka. Þú hefur skilið það, og veist líka að eg sem ekki það sé annað í því skyni að fá
orð
á mig, né til frambúðar. ”
að
en fá mér sæti í
flokki líka minna„ hverjir sem þeir eru. en þér er velkomið að byrta það opinberlega í blaði ef þér eða ykkur sýnist, minnsta kosti ef Björgu og því öðru frændliðinu í Nelöndum, geðjast það. Var í fyrstunni að hugsa um að senda það ekki neinum því það gæti næstum litið svo út að eg væri að trana mér fram, eins og til að gera umbætur á því, sem búið var að
mæll
mæla eftir hann. en við nánari athugun; fann eg að það var sort af óverðugri getgátu; og þaggaði niður þá rödd. Já hjartans þakkir til þín fyrir bókasendingarnar, Það er sannarlega hressandi að lesa þær, ekki síst, Laugaskólaritið Það er ”Völdundur„ sem vekur þó - bæði hryggð og gleði. ”Draggargan„ Björn og Stjana keyptu sér eitt í vetur Jóhann okkar keypti það nýtt í fyrra og þau nú af honum, Það er gaman að hlust á það annaðslagið, og ekki
er
rétt að neita því að það
er
merkileg uppfundning, við höfum nálægt 50 plötur. þar af 3 með íslenskum textum,
s0
Lögin öll og undirspil eftir Pr. Sveinbjörnson; en sungin af Sigurði Skagfeld sem nú er hér vestra, og syngur nú útum Íslensku byggðirnar hér.
Lögin
á þessum plötum: á einni ”Hugsanheim„ þetta. ”Þegar sól roðar brún„ eftir St. G. á bl. 57 - 1 hefti ”Andvökur„. Hinnumegin á sömu plötu, ”Eg berst á fáki fráum„
Já Vel man eg eftir Guðjóni á
J
Ljótsstöð. Hann tók mikið í nefið og við
hermdum eftir honum,
og sýndist hann
og
laundrjúgra
og hermdum eftir honum; - gárungarnir; man líka vel eftir Friðbjörgu dóttir
hans
. Vinn
u
kona í Garði, þegar eg var þar í fyrra sinn. Og nú læðist í hugann, ”eins
og
skrattinn úr sauðarleggnum„ þetta: sem svo mikið var hlegið að: er gamli G. var að leggja á stað til messu; 3 dætur
dætur
hans gjafvaxa komnar
söðl0000
: en stóð á piltunum: ”Eruð þið
00l
að ---- piltar!!!„ Þá um hrognin og Klakið (Hatchery) þar er eg ekki fróður; en spurði Jóhann minn ögn um það, því hann var vélastjóri í fyrra við
kal
klakið hér og var stundum með þeim, sem litu eftir hrognunum fiskhrognin sagði hann að væru í glösum, og í gegnum þau streymir altaf ferst vatn, en úr þeim að ofan lægju toglegar pípur og dauðu hrognin, sem öll koma
sjáf
á yfirborð vatnsins í glösunum berast
þau
burt með vatninu,
sem
í gegnum
togleðu0
pipurnar. Silungshrognin, höfðu þeir í kössum úr smágerðum vírnetjum, og þegar þeir týndu dauðu hrognin úr þeim lyftu þeir kössunum upp og þá hljóp vatnið úr þeim. týndu svo dauðu hrognin með töngum - "
eins og hjá ykkur
Þessi svo kallaði silungur hér, er alt önnur tegund en í stöðuvötnum Íslands miklu stærri og grófgerðari, en bragðið að honum ekki ólíkt, líklega líkari sjósilung? Silungur þessi er í ymsum vötnum langt héðan norður en veit ekki til að hann hafi enn, veiðst í þessu vatni og veit ekki heldur hvort klakið hefur slept nokkru af
honum í það enn þá! Arni og Solla hafa ekki sent mér miða í mörg ár, Það er samt ekki mér að kenna Því eg veit að þau
bréf
fengu bréf frá mér, sem eg sendi þeim eftir að þau skrifuðu mér síðast. Eg las nýlega í Almanki O. S. Th. fyrir þetta ár, það, sem Þeirra er getið þar. þar er sagt að Helgi afi okkar, hafi verið Helgason, og Helga kona hans, Ásmundsdóttir - en það getur verið prentvilla. En svo hefur, Solla sjálf ráðið því, að telja Guðrúnu ömmu sína dóttir séra Jóns í Reykjahlíð; og þá ”hló mitt litla vit„ Því (eins og sagt
að
var) að séra J. hafi kallað G. dóttur sína er hann fermdi hana þá var hún víst aldrei, skrifuð Jónsdóttir heldur Gísladóttir. Enda fremur ótrúlegt að séra Jón hafi verið þeim mún hugaðri en aðrir
prestar
að kannast
ap
við aukagetur sínar, ekki síst á þeim árum, sem hann var uppi.
X Eg fékk 2 blöð af ”Dag„ í gærkveld þar sá eg að bærinn á Helgastöðum hefði brunnið. Var það ekki gamli bærinn? Við Lína getum þá
ekki
haft gullbrúðkaup okka þar í Þinghúsinu, eins og hefði þó verið tilhlýðilegt!!
fy
finnst þér það ekki? Ekki
sætt
sæti það á mér, að ”Glotta„ að S. Þó hann
hann
bendi Mýv. á að prófa að flytja saman heyin sín á vögnum; enda verður naumast langt þangað til að einhver prófar það, minnsta kosti ætti það að geta verið hægt hjá þeim sem geta þurkað það á enginu X en svo er
það
nú máski í ”Framengi„ lítið um það eins og í gamla
gaml
daga? ”En þó er ekki leiðum að líkjast„ Fyrir um 25 til 30 árum; hlógu Reykvíkingar mikið að uppástungu F. B. Andersen að raflýsa þar. Og einusinni, og jafnvel enn þótti mér það snjallyrði hjá J. Ó. ”Guði sé lof; þeim gömlu máttur þverrar„ o.s.frv; og þetta þá enn þá betra. ”Við skulum
ei
æðrast þó inn komi sjór„ því þó eg sjálfur hafi ekki verið mikill sjómaður hvorki í þeirri né annari merkingu þá er þó hressandi
að
hafa þær í huga, ”við einstök tækifæri„
Nú er blaðið á enda, og fólkið mitt komið í rúminin að kveldi 8. apr. Skrifa Hjálmari bráðum. Með hjart kveðjum til ykkar allra Gleðilegt sumar! segir og biður þinn elskandi br. Þór Stefánsson